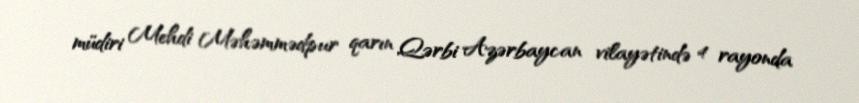
müdiri Mehdi Məhəmmədpur qarın Qərbi Azərbaycan vilayətində 4 rayonda